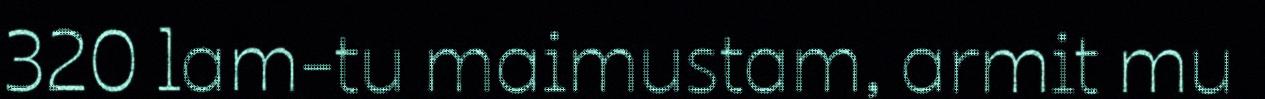
320 lam-tu maimustam, armit mu